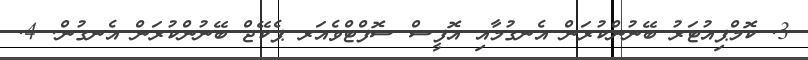
3. ކޮމްޕިއުޓަރު ބޭނުންކުރަން އެނގުމާއި އޮފީސް ސޮފްޓްވެއަރ ޕެކޭޖް ބޭނުންކުރަން އެނގުން. 4.